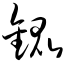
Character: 锟